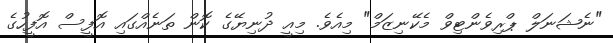
"ނެޝަނަލް ޕްރިވެންޓިވް މެކޭނިޒަމް" މިއެވެ. މިއީ ދުނިޔޭގެ ކޮން ތަނެއްގައި އޮފީސް އޮފީހުގެ